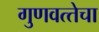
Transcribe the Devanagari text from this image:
गुणवत्‍तेचा